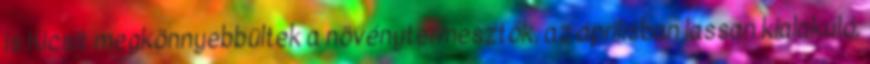
is Kicsit megkönnyebbültek a növénytermesztők, az áprilisban lassan kialakuló.